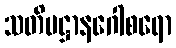
သတိပဋ္ဌာနဂေါစရော